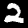
Digit: 2